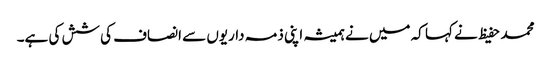
محمد حفیظ نے کہا کہ میں نے ہمیشہ اپنی ذمہ داریوں سے انصاف کی شش کی ہے۔